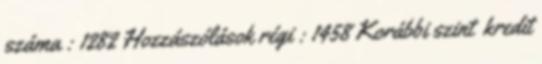
száma : 1282 Hozzászólások régi : 1458 Korábbi szint kredit